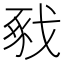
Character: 𢧈